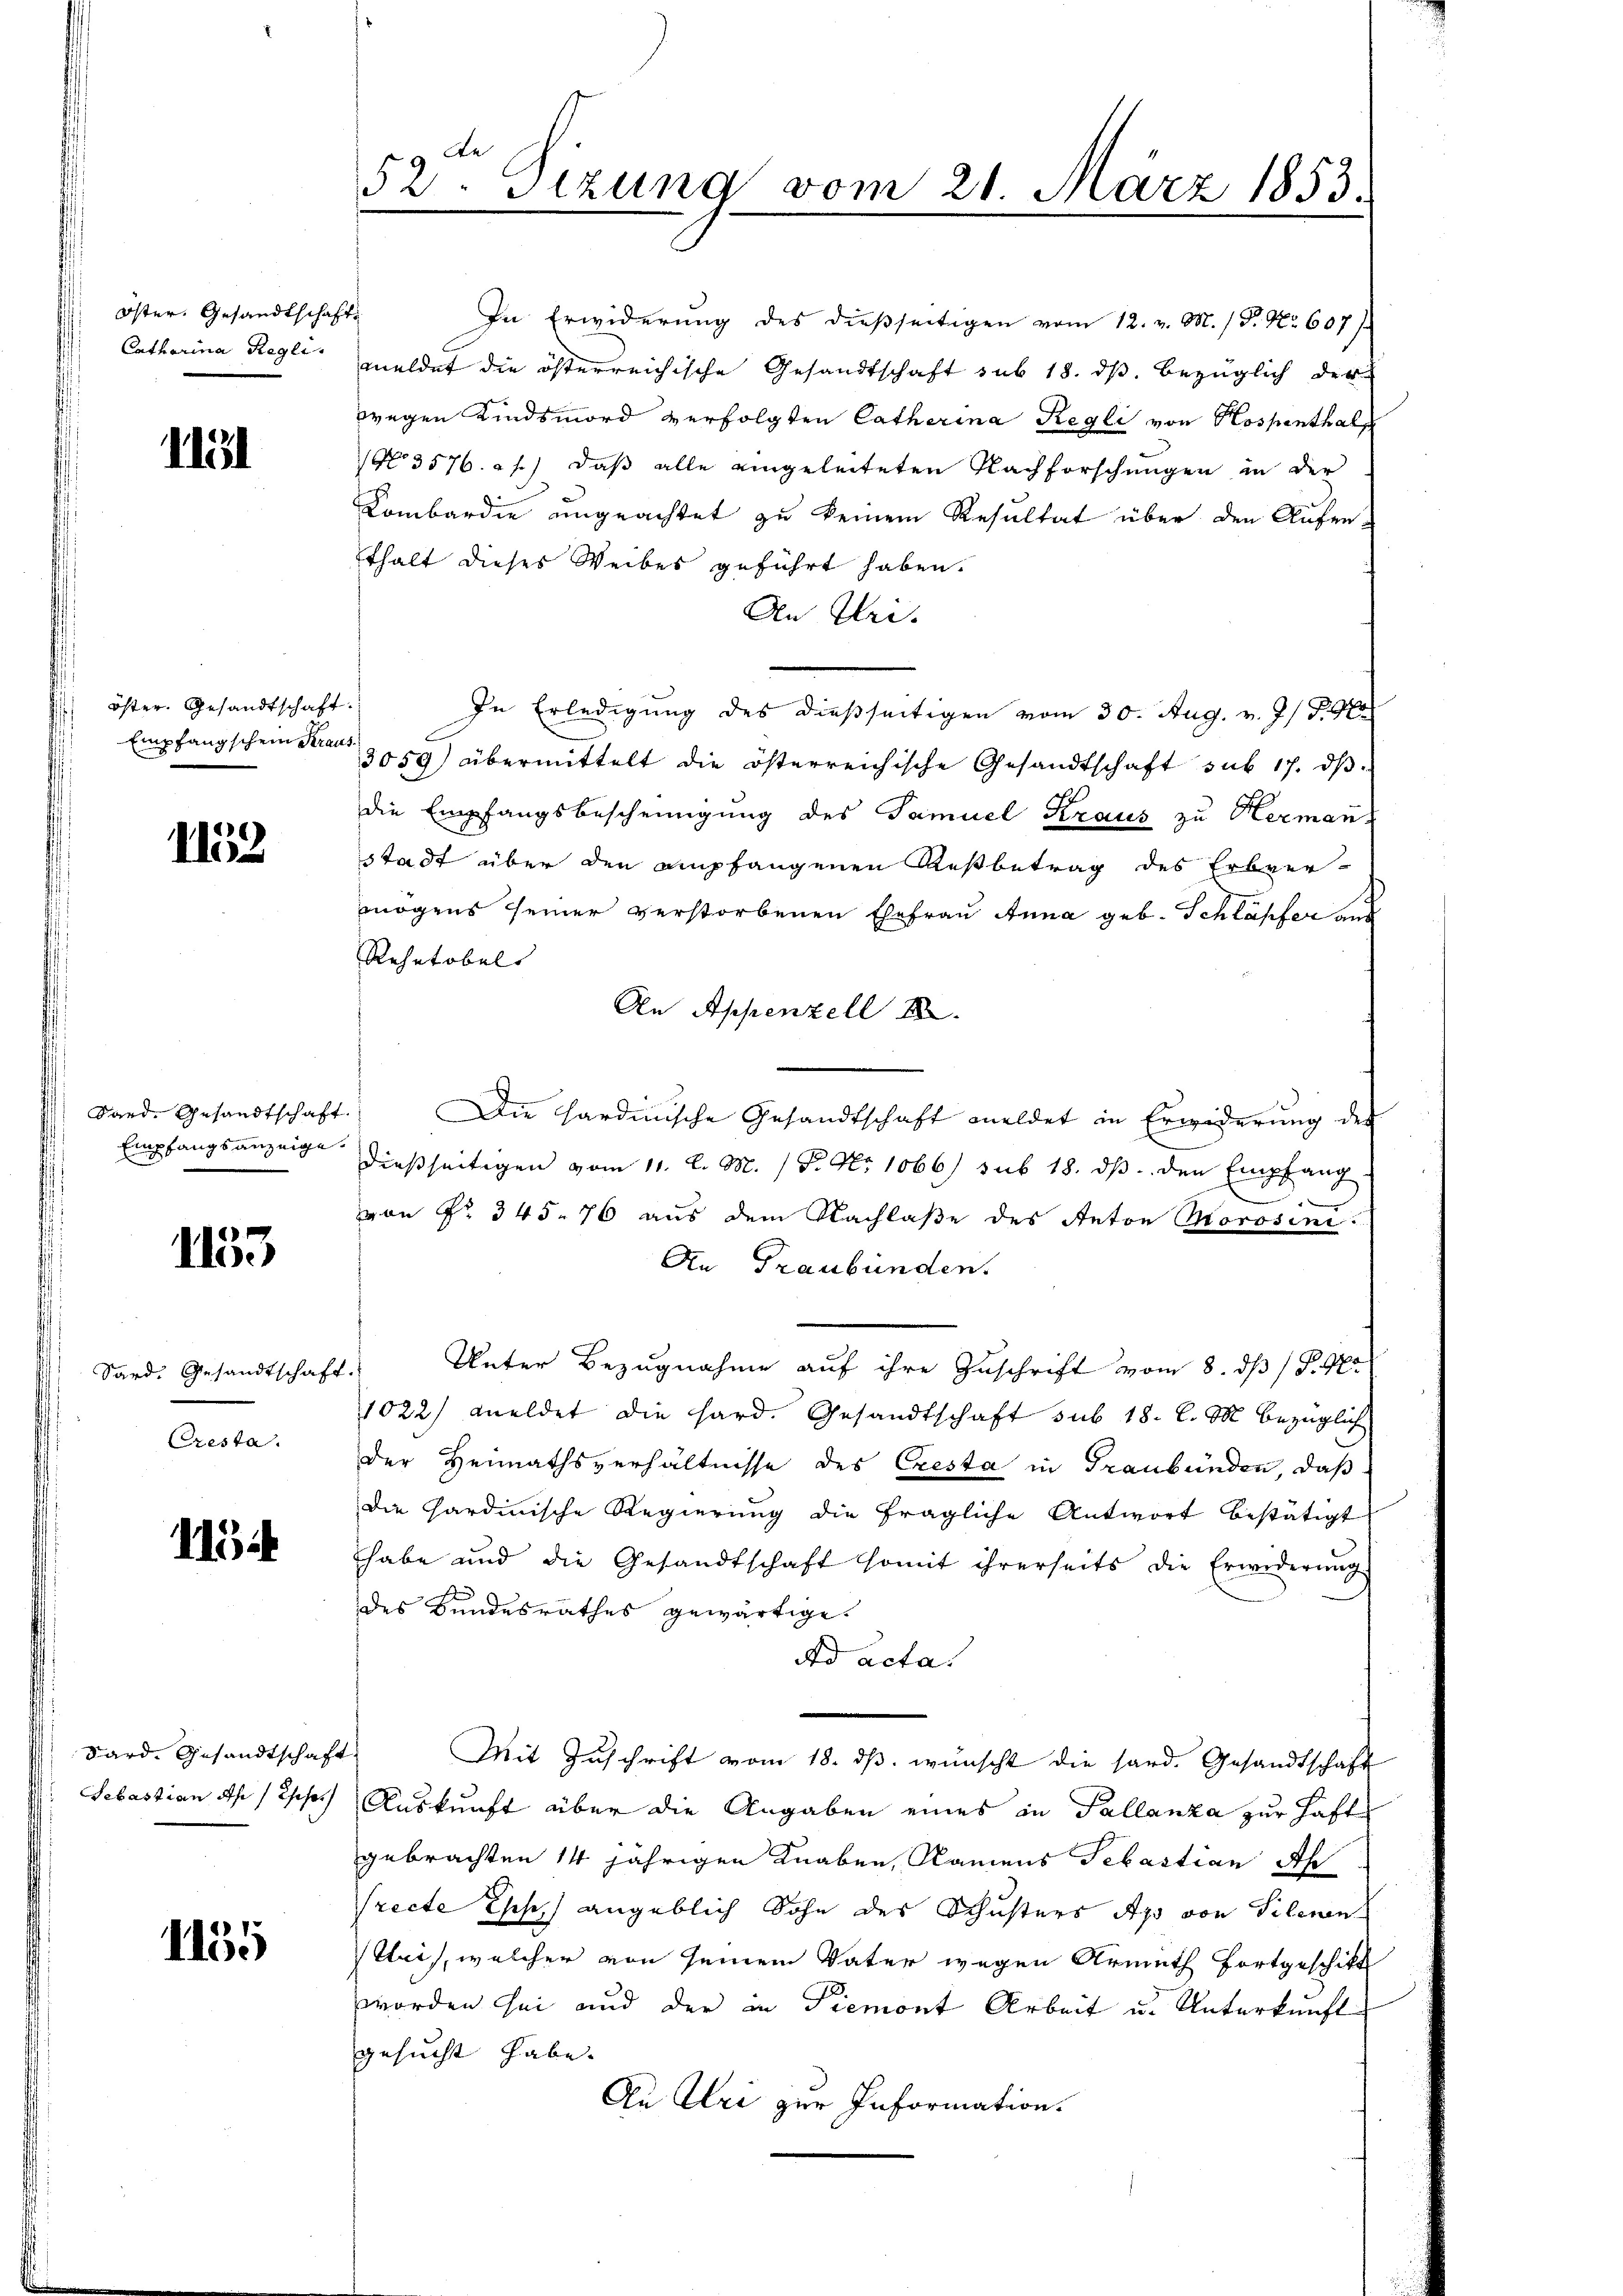
Öster, Gesandtschaft
Catharina Regli

llel

öster. Gesandtschaft.
Empfangschein Kraus¬

1152

Sard. Gesandtschaft.
Empfangsanzeige.

1153

Sard. Gesandtschaft.
Cresta

113

Sard. Gesandtschaft.

1155

52. Sizung vom 21. März 1853.

In Erwiderŭng des dießseitigen vom 12. v. M. / P. Nr. 607 f
meldet die österreichische Gesandtschaft sub 18. ds. bezüglich der
wegen Kindsmord verfolgten Catherina Regli von Hospenthalf
No 3576 f.) daß alle eingeleiteten Nachforschungen in der
Kombardie ungeachtet zu keinem Resultat über den Aufenthalt dieses Weibes geführt haben.
An Uri.
In Erledigung des dießseitigen vom 30. Aug. v. J. J. G
3059) übermittelt die österreichische Gesandtschaft sub 17. dβ
die Empfangsbescheinigung des Samuel Kraus zu Herman
stadt über den empfangenen Restbetrag des Erbver-
mögens seiner verstorbenen Ehefrau Anna geb. Schläpfer und
Rehrtobels
An Appenzell
Die Hardinische Gesandtschaft meldet in Erwiderung der
dießseitigen vom 11. l. M. (T. No 1066) sub 18. ds. den Empfang
6
von Nr. 345. 76 aus dem Nachlaße des Anton Morosini.
An Graubünden.
Unter Bezugnahme auf ihre Zuschrift vom 8. ds P. M.
1022/ meldet die hard. Gesandtschaft sub 18. l. M. bezüglich
der Heimathsverhältnisse des Cresta in Graubünden, daß
die Hardinische Regierung die fragliche Antwort bestätigt
habe und die Gesandtschaft somit ihrerseits die Erwiderŭng
des Bundesrathes gewärtige.
Ad acta.
Mit Zuschrift vom 18. dβ. wünscht die sard. Gesandtschaft
Sebastian Ah / sche Auskunft über die Angaben eines in Pallanza zur Haft
gebrachten 14 jährigen Knaben, Namens Sebastian Ah
Precte ses angeblich Sohn des Schusters Ap von Selenen
tleis, welcher von seinem Vater wegen Armuth fortgeschikt
worden sei und der in Piemont Arbeit u. Unterkunft
gesucht habe.
An Uri zur Information.